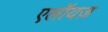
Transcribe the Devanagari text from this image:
एलॉयज़